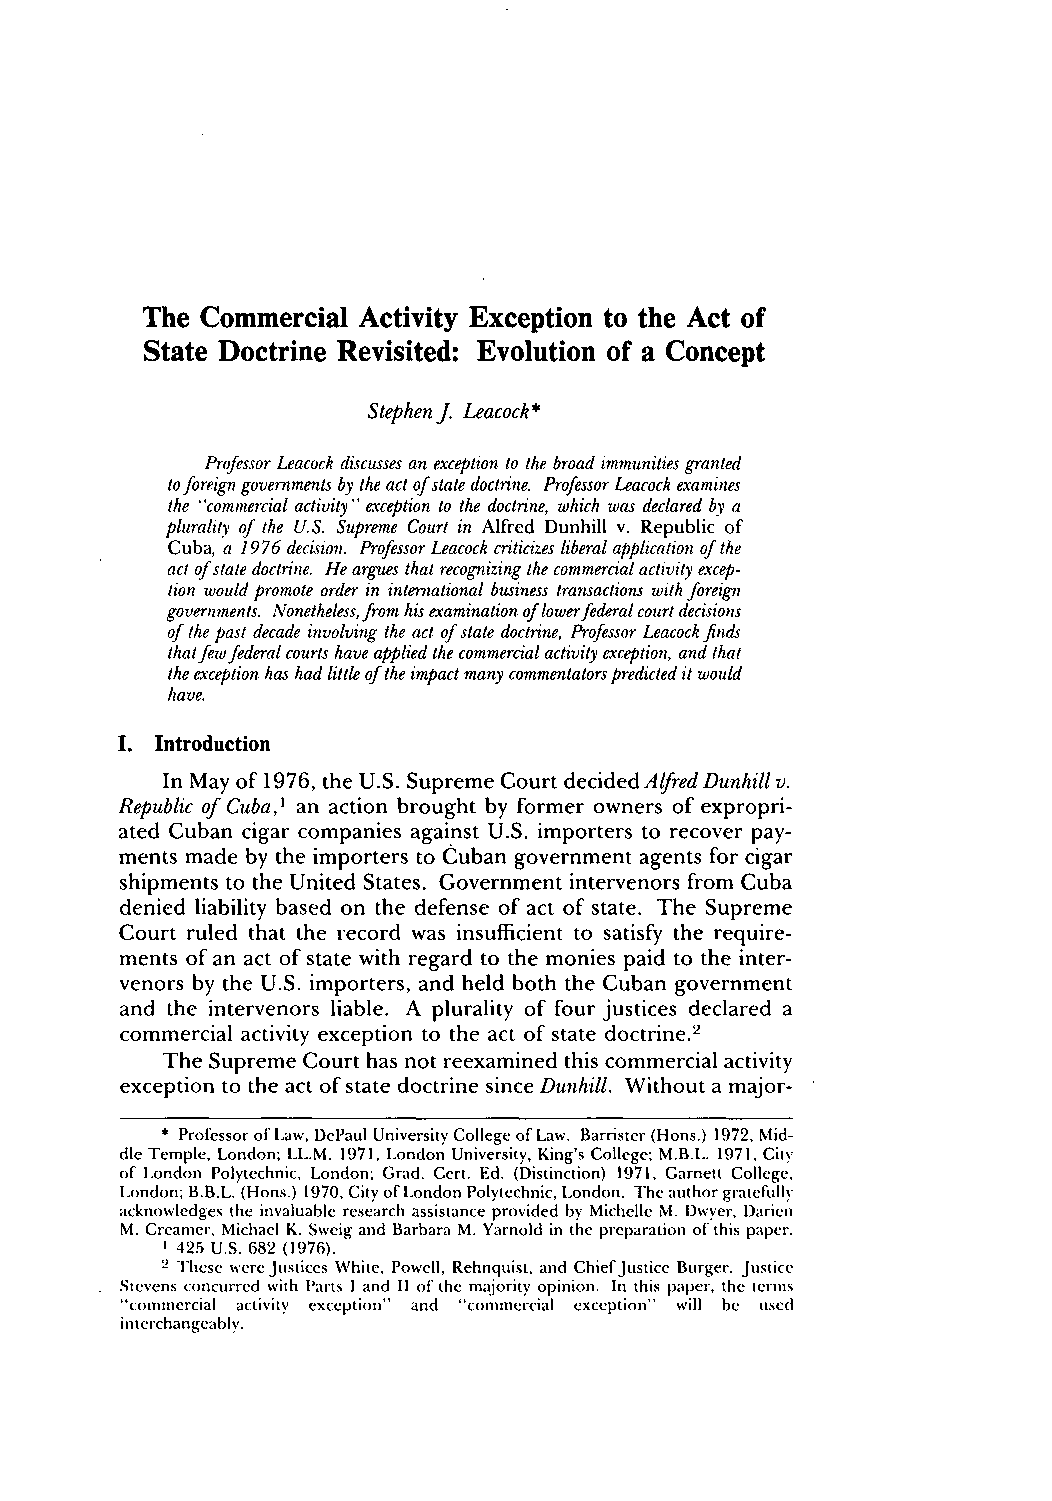
The Commercial Activity Exception to the Act of
 State Doctrine Revisited: Evolution of a Concept
 Stephen J. Leacock*
 Professor Leacock discusses an exception to the broad immunities granted
 to foreign governments by the act of state doctrine. Professor Leacock examines
 the "commercial activity" exception to the doctrine, which was declared by a
 plurality of the U.S. Supreme Court in Alfred Dunhill v. Republic of
 Cuba, a 1976 decision. Professor Leacock criticizes liberal application of the
 act of state doctrine. He argues that recognizing the commercial activity excep-
 tion would promote order in international business transactions with foreign
 governments. Nonetheless, from his examination of lower federal court decisions
 of the past decade involving the act of state doctrine, Professor Leacock finds
 thatf ew federal courts have applied the commercial activity exception, and that
 the exception has had little of the impact many commentators predicted it would
 have.
 I. Introduction
 In May of 1976, the U.S. Supreme Court decided Alfred Dunhill v.
 Republic of Cuba,' an action brought by former owners of expropri-
 ated Cuban cigar companies against U.S. importers to recover pay-
 ments made by the importers to Cuban government agents for cigar
 shipments to the United States. Government intervenors from Cuba
 denied liability based on the defense of act of state. The Supreme
 Court ruled that the record was insufficient to satisfy the require-
 ments of an act of state with regard to the monies paid to the inter-
 venors by the U.S. importers, and held both the Cuban government
 and the intervenors liable. A plurality of four justices declared a
 commercial activity exception to the act of state doctrine.2
 The Supreme Court has not reexamined this commercial activity
 exception to the act of state doctrine since Dunhill. Without a major-
 * Professor of Law, DePaul University College of Law. Barrister (Hons.) 1972, Mid-
 dle Temple, London; LL.M. 1971, London University, King's College; M.B.L. 1971, City
 of London Polytechnic, London; Grad. Cert. Ed. (Distinction) 1971, Garnett College,
 London; B.B.L. (Hons.) 1970, City of London Polytechnic, London. The author gratefully
 acknowledges the invaluable research assistance provided by Michelle M. Dwyer, Darien
 M. Creamer, Michael K. Sweig and Barbara M. Yarnold in the preparation of this paper.
 1 425 U.S. 682 (1976).
 2 These were Justices White, Powell, Rehnquist, and Chief justice Burger. Justice
 Stevens concurred with Parts I and II of the majority opinion. In this paper, the terms
 "commercial activity exception" and "commercial exception" will be used
 interchangeably.